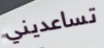
تساعديني